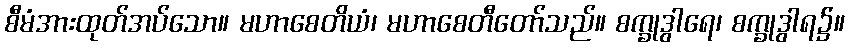
စီမံအားထုတ်အပ်သော။ မဟာစေတိယံ၊ မဟာစေတီတော်သည်။ စက္ခုဒွါရေ၊ စက္ခုဒွါရ၌။